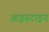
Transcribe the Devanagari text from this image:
आइस्टाइन